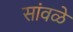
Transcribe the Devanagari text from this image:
सांवळे